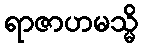
ရာဇာဟမသ္မိ